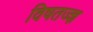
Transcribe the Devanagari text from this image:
विषतज्‍ज्ञ